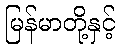
မြန်မာတို့နှင့်